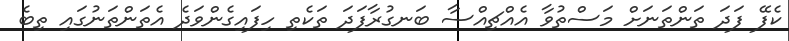
ކެފޭ ފަދަ ތަންތަނަށް މަސްތުވާ އެއްޗިއްސާ ބަނގުރާފަދަ ތަކެތި ހިފައިގެންވަދެ އެތަންތަނުގައި ތިބެ